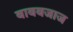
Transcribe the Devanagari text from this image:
बाबबजाज